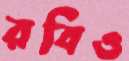
রবিও